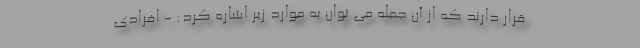
قرار دارند که از آن جمله می توان به موارد زیر اشاره کرد: - افرادی